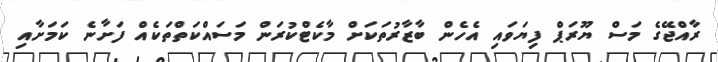
ރާއްޖޭގެ މަސް ޔޫރަޕް ފިޔަވައި އެހެން ބާޒާރުތަކަށް މާކެޓްކުރަން މަސައްކަތްތަކެއް ފަށާނެ ކަމަށާއި